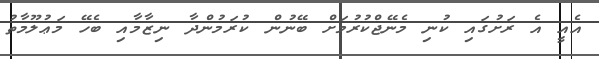
އެއީ އެ ރަށުގައި ކުނި މެނޭޖްކުރުމަށް ބޭނުން ކުރަމުންދާ ނިޒާމާއި ބެހޭ މަޢުލޫމާތު